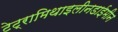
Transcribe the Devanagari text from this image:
टेट्रामिथाइलीनडाईमीन